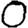
Digit: 0